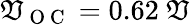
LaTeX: \mathfrak{V}_{\mathrm{{~O~C~}}}=0.62\ \mathfrak{V}